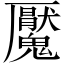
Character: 魘